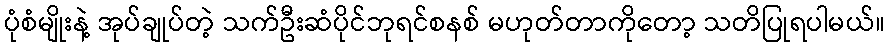
ပုံစံမျိုးနဲ့ အုပ်ချုပ်တဲ့ သက်ဦးဆံပိုင်ဘုရင်စနစ် မဟုတ်တာကိုတော့ သတိပြုရပါမယ်။